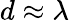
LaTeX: d\approx\lambda